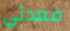
معدتي